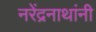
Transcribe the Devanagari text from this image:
नरेंद्रनाथांनी